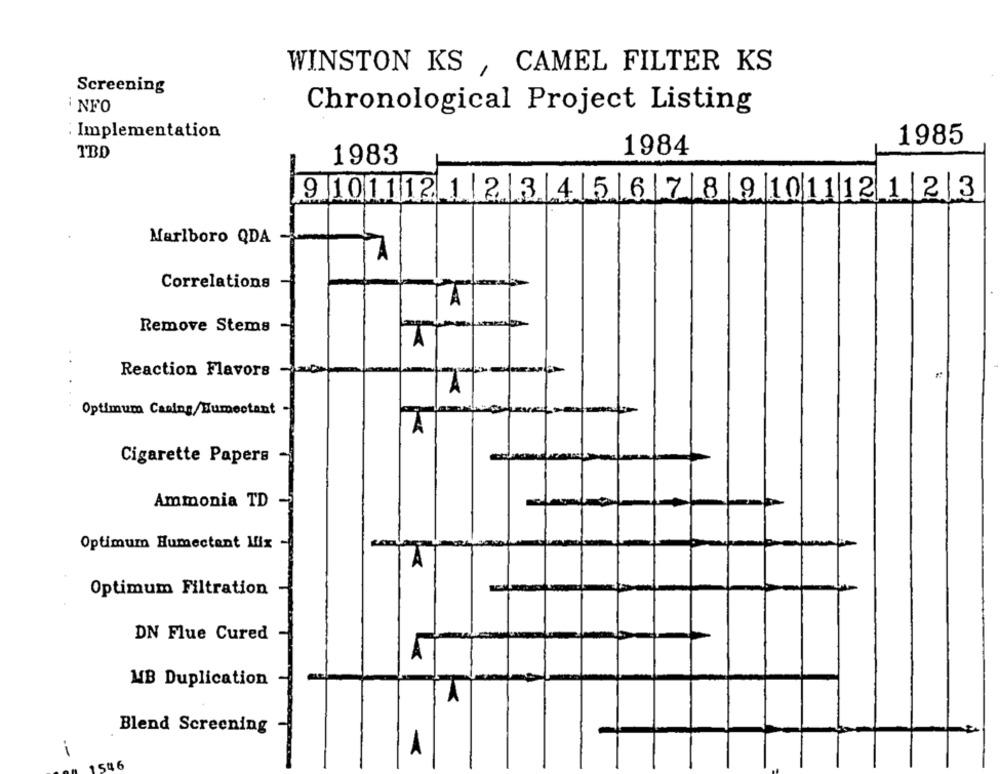
WINSTON KS , CAMEL FILTER KS
Screening
INFO
Chronological Project Listing
· Implementation
1985
TBD
1984
1983
|9 101112 1|2|3|4|5|6|7|89 101112123
Marlboro QDA
Correlations
Remove Stems
Reaction Flavors
A
Optimum Casing/Humectant
A
Cigarette Papers
Ammonia TD
Optimum Humectant Mix
Optimum Filtration
DN Flue Cured
MB Duplication
A
Blend Screening
-